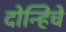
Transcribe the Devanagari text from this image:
दोन्हिचे